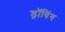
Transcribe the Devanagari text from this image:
ड्रॉविंग